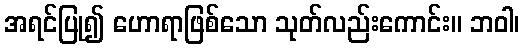
အရင်ပြု၍ ဟောရာဖြစ်သော သုတ်လည်းကောင်း။ ဘဝါ၊